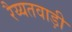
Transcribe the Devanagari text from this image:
रैय्यतवाड़ी